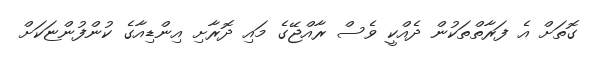
ގޮތަށް އެ ފަރާތްތަކުން ދެއްކީ ވެސް ރާއްޖޭގެ މައި ދޮރާށި އިންޑިއާގެ ކުންފުންޏަކަށް